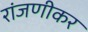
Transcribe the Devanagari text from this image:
रांजणीकर